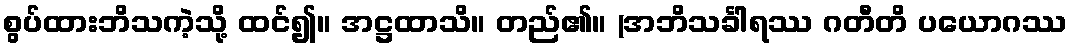
စွပ်ထားဘိသကဲ့သို့ ထင်၍။ အဋ္ဌထာသိ။ တည်၏။ (အဘိသင်္ခါရဿ ဂတီတိ ပယောဂဿ